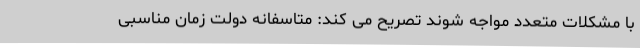
با مشکلات متعدد مواجه شوند تصریح می کند: متاسفانه دولت زمان مناسبی